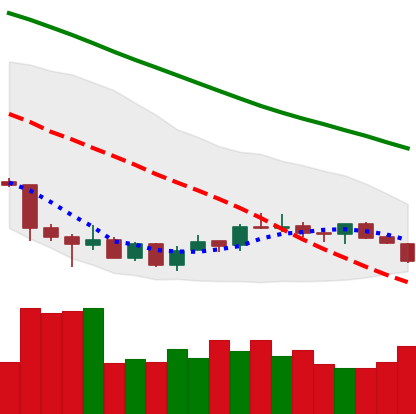
Ticker: LTC-USD
Chart end date: 2018-07-10
Forward return: 3.753%
Label: up_3_5